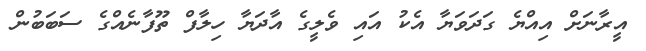
އީރާނަށް އިއްޔެ ގަދަވަޔާ އެކު އައި ވެލީގެ އާދަޔާ ހިލާފް ތޫފާނެއްގެ ސަބަބުން